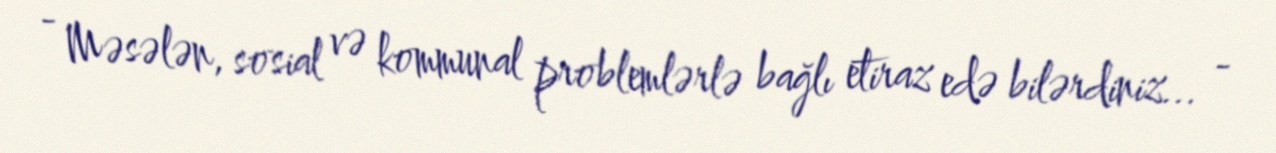
- Məsələn, sosial və kommunal problemlərlə bağlı etiraz edə bilərdiniz... -